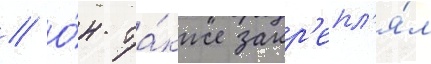
// О́н та́кже закр'епл'я́л